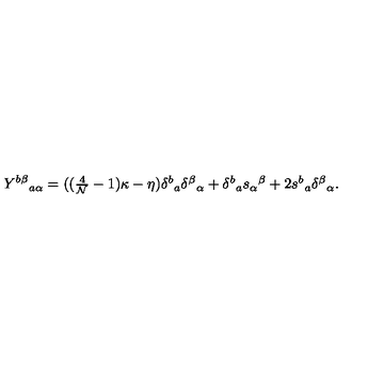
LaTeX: Y ^ { b \beta } { } _ { a \alpha } = ( ( \textstyle { \frac { 4 } { { \cal N } } } - 1 ) \kappa - \eta ) \delta ^ { b } { } _ { a } \delta ^ { \beta } { } _ { \alpha } + \delta ^ { b } { } _ { a } s _ { \alpha } { } ^ { \beta } + 2 s ^ { b } { } _ { a } \delta ^ { \beta } { } _ { \alpha } .